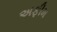
અફીમ